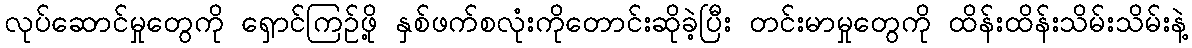
လုပ်ဆောင်မှုတွေကို ရှောင်ကြဉ်ဖို့ နှစ်ဖက်စလုံးကိုတောင်းဆိုခဲ့ပြီး တင်းမာမှုတွေကို ထိန်းထိန်းသိမ်းသိမ်းနဲ့